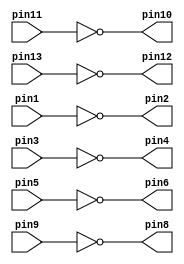
module v7404(pin1, pin2, pin3, pin4, pin5, pin6, pin8, pin9, pin10, pin11, pin12, pin13);

	input pin1, pin3, pin5, pin9, pin11, pin13;
	output pin2, pin4, pin6, pin8, pin10, pin12;
	
	assign pin2 = ~pin1;
	assign pin4 = ~pin3;
	assign pin6 = ~pin5;
	assign pin8 = ~pin9;
	assign pin10 = ~pin11;
	assign pin12 = ~pin13;


endmodule



module v7408(pin1, pin2, pin3, pin4, pin5, pin6, pin8, pin9, pin10, pin11, pin12, pin13);

	input pin1, pin2, pin4, pin5, pin9, pin10, pin12, pin13;
	output pin3, pin6, pin8, pin11;
	
	assign pin3 = pin1 & pin2;
	assign pin6 = pin4 & pin5;
	assign pin8 = pin9 & pin10;
	assign pin11 = pin12 & pin13;


endmodule



module v7432(pin1, pin2, pin3, pin4, pin5, pin6, pin8, pin9, pin10, pin11, pin12, pin13);

	input pin1, pin2, pin4, pin5, pin9, pin10, pin12, pin13;
	output pin3, pin6, pin8, pin11;
	
	assign pin3 = pin1 | pin2;
	assign pin6 = pin4 | pin5;
	assign pin8 = pin9 | pin10;
	assign pin11 = pin12 | pin13;


endmodule



module Lab2Part2(SW, LEDR);

	wire w1, w2, w3;
	
	input [9:0] SW;
	output [9:0] LEDR;
	
	v7404 u1 (
		.pin1(SW[9]),
		.pin2(w1)
	);
	
	v7408 u2 (
		.pin1(SW[0]),
		.pin2(w1),
		.pin3(w2),
		.pin4(SW[1]),
		.pin5(SW[9]),
		.pin6(w3)
	);
	 
	v7432 u3 (
		.pin1(w2),
		.pin2(w3),
		.pin3(LEDR[0])
	);
	  
 	 	 
endmodule